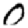
Digit: 0